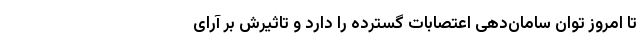
تا امروز توان سامان‌دهی اعتصابات گسترده را دارد و تاثیرش بر آرای